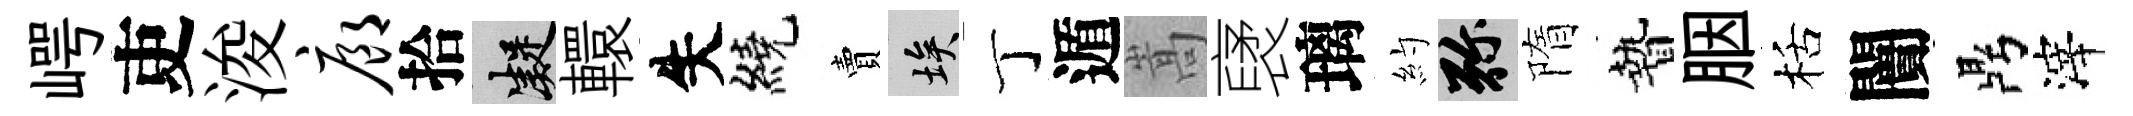
崿吏浚廊拾凝轘失繞賣埃丁遁嵩裦璃約弥隋贄胭栝闠鼎滓